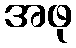
အဖု